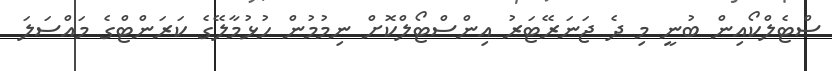
ސްޓެލްކޯއިން ބުނީ މި ދެ ޖަނަރޭޓަރު އިންސްޓޯލްކޮށް ނިމުމުން ހުޅުމާލޭގެ ކަރަންޓްގެ މައްސަލަ